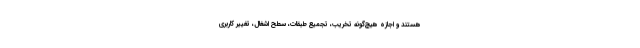
هستند و اجازه هیچ‌گونه تخریب، تجمیع طبقات، سطح اشغال، تغییر کاربری